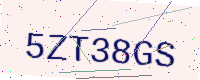
Text: 5ZT38GS